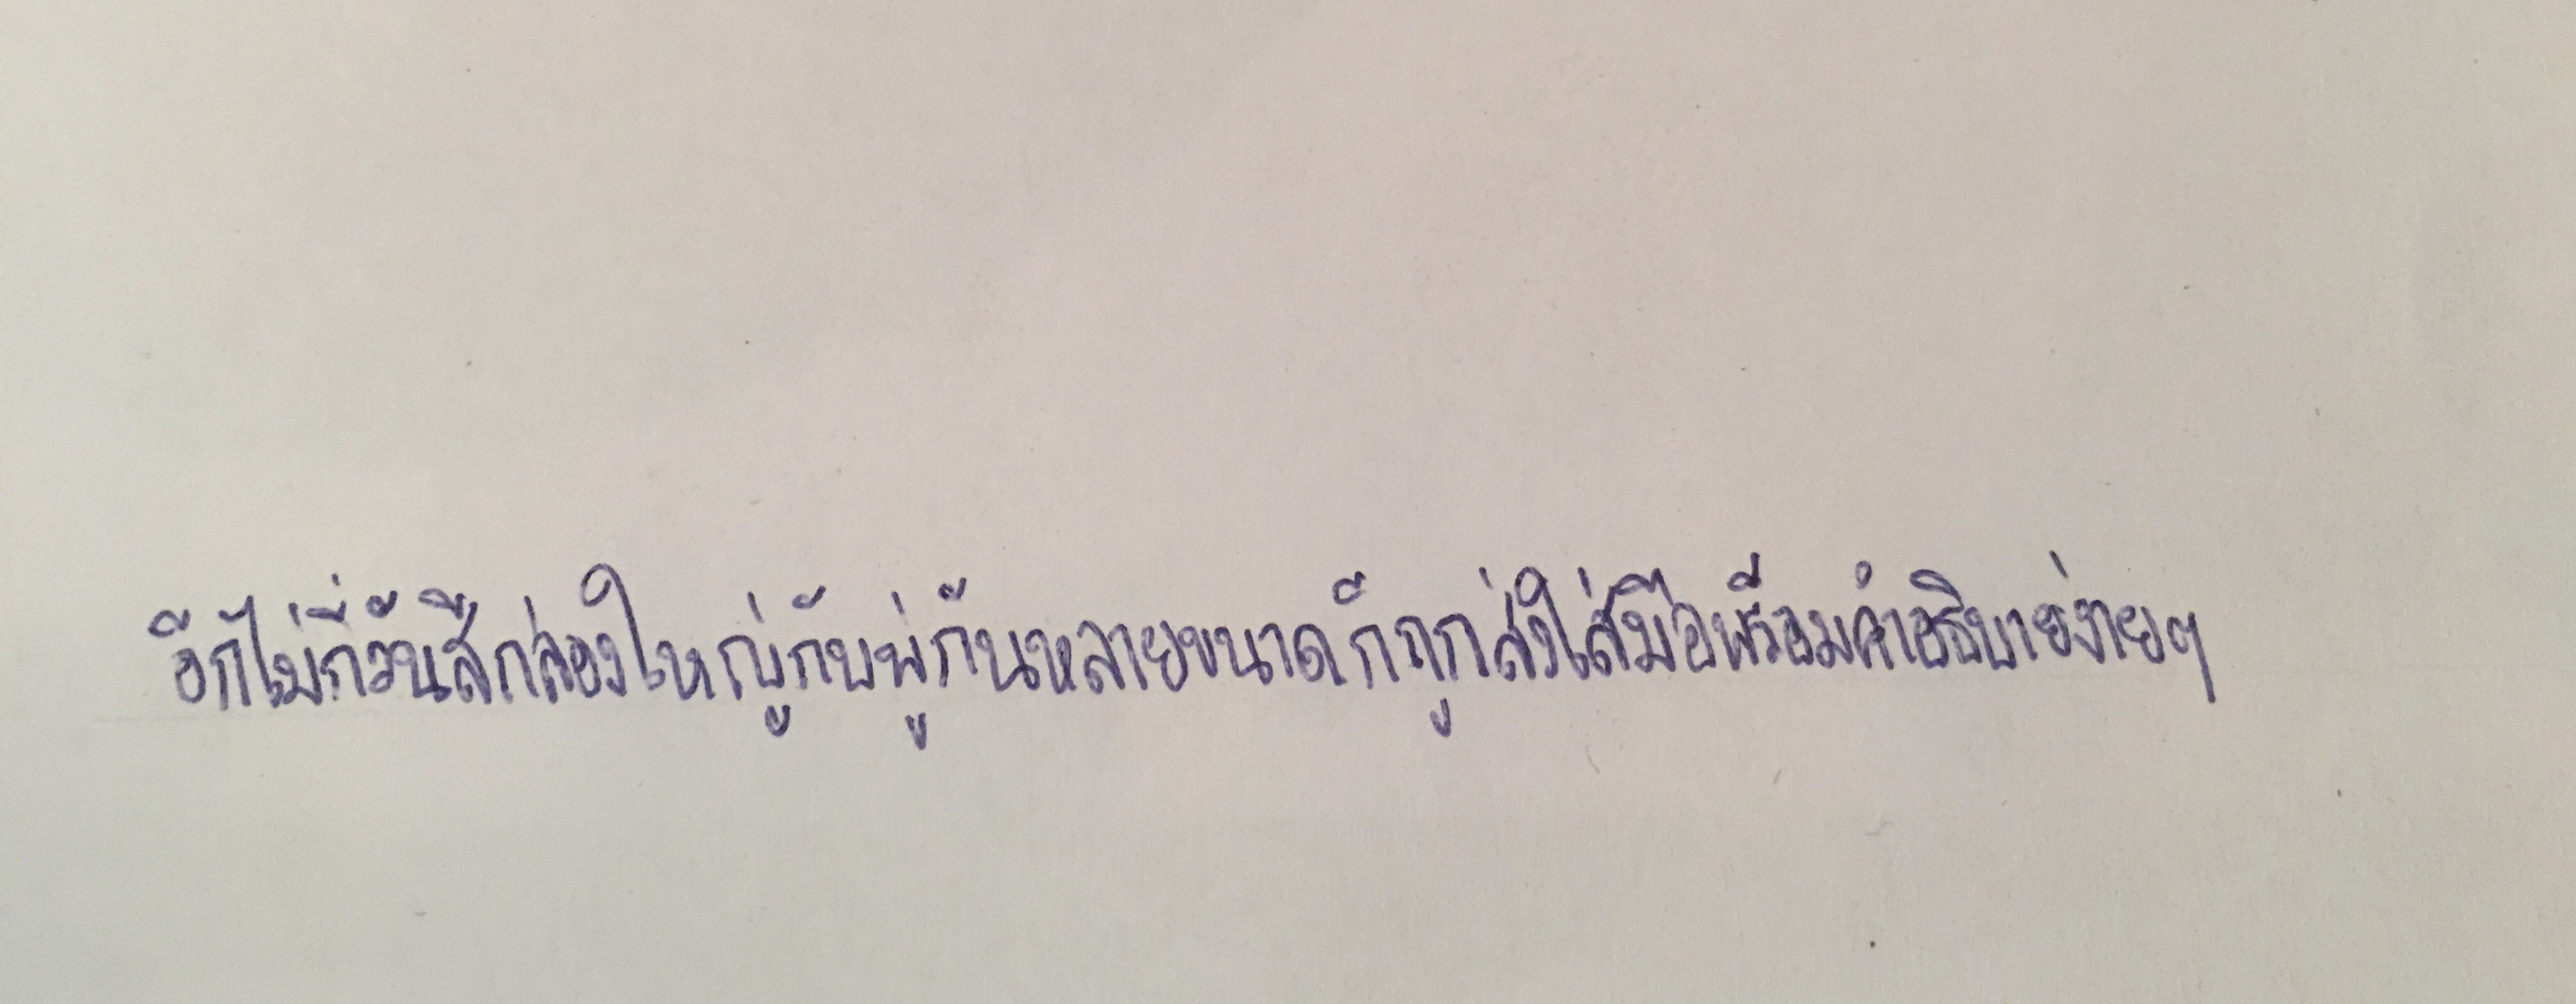
อีกไม่กี่วันสีกล่องใหญ่กับพู่กันหลายขนาดก็ถูกส่งใส่มือพร้อมคำอธิบายง่ายๆ